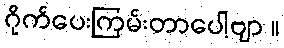
ဂိုက်ပေးကြမ်းတာပေါ့ဗျာ ။